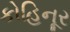
કોહિનૂર